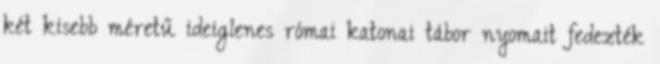
két kisebb méretű ideiglenes római katonai tábor nyomait fedezték